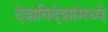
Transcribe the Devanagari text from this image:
देशविदेशांमध्ये